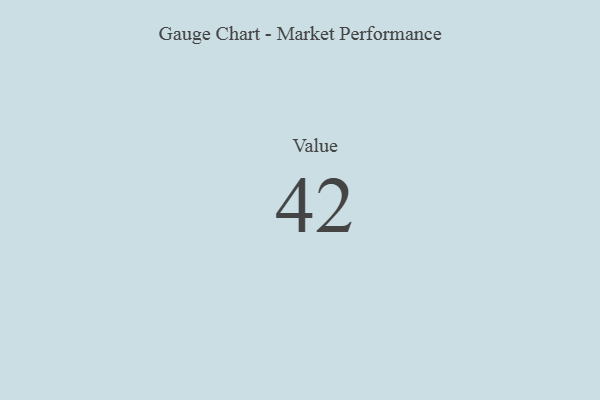
{"axis": {"x": "Metric", "y": "Value"}, "legend": [""], "data": [{"x": "Value", "y": 42, "type": ""}]}